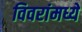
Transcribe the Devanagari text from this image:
विवरांमध्ये